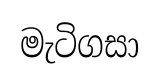
මැටිගසා